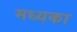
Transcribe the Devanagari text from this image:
मध्यका